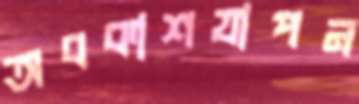
অবকাশযাপন